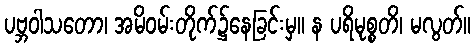
ပဗ္ဘဝါသတော၊ အမိဝမ်းတိုက်၌နေခြင်းမှ။ န ပရိမုစ္စတိ၊ မလွတ်။